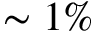
\sim 1 \%